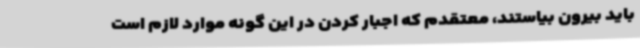
باید بیرون بیاستند، معتقدم که اجبار کردن در این گونه موارد لازم است